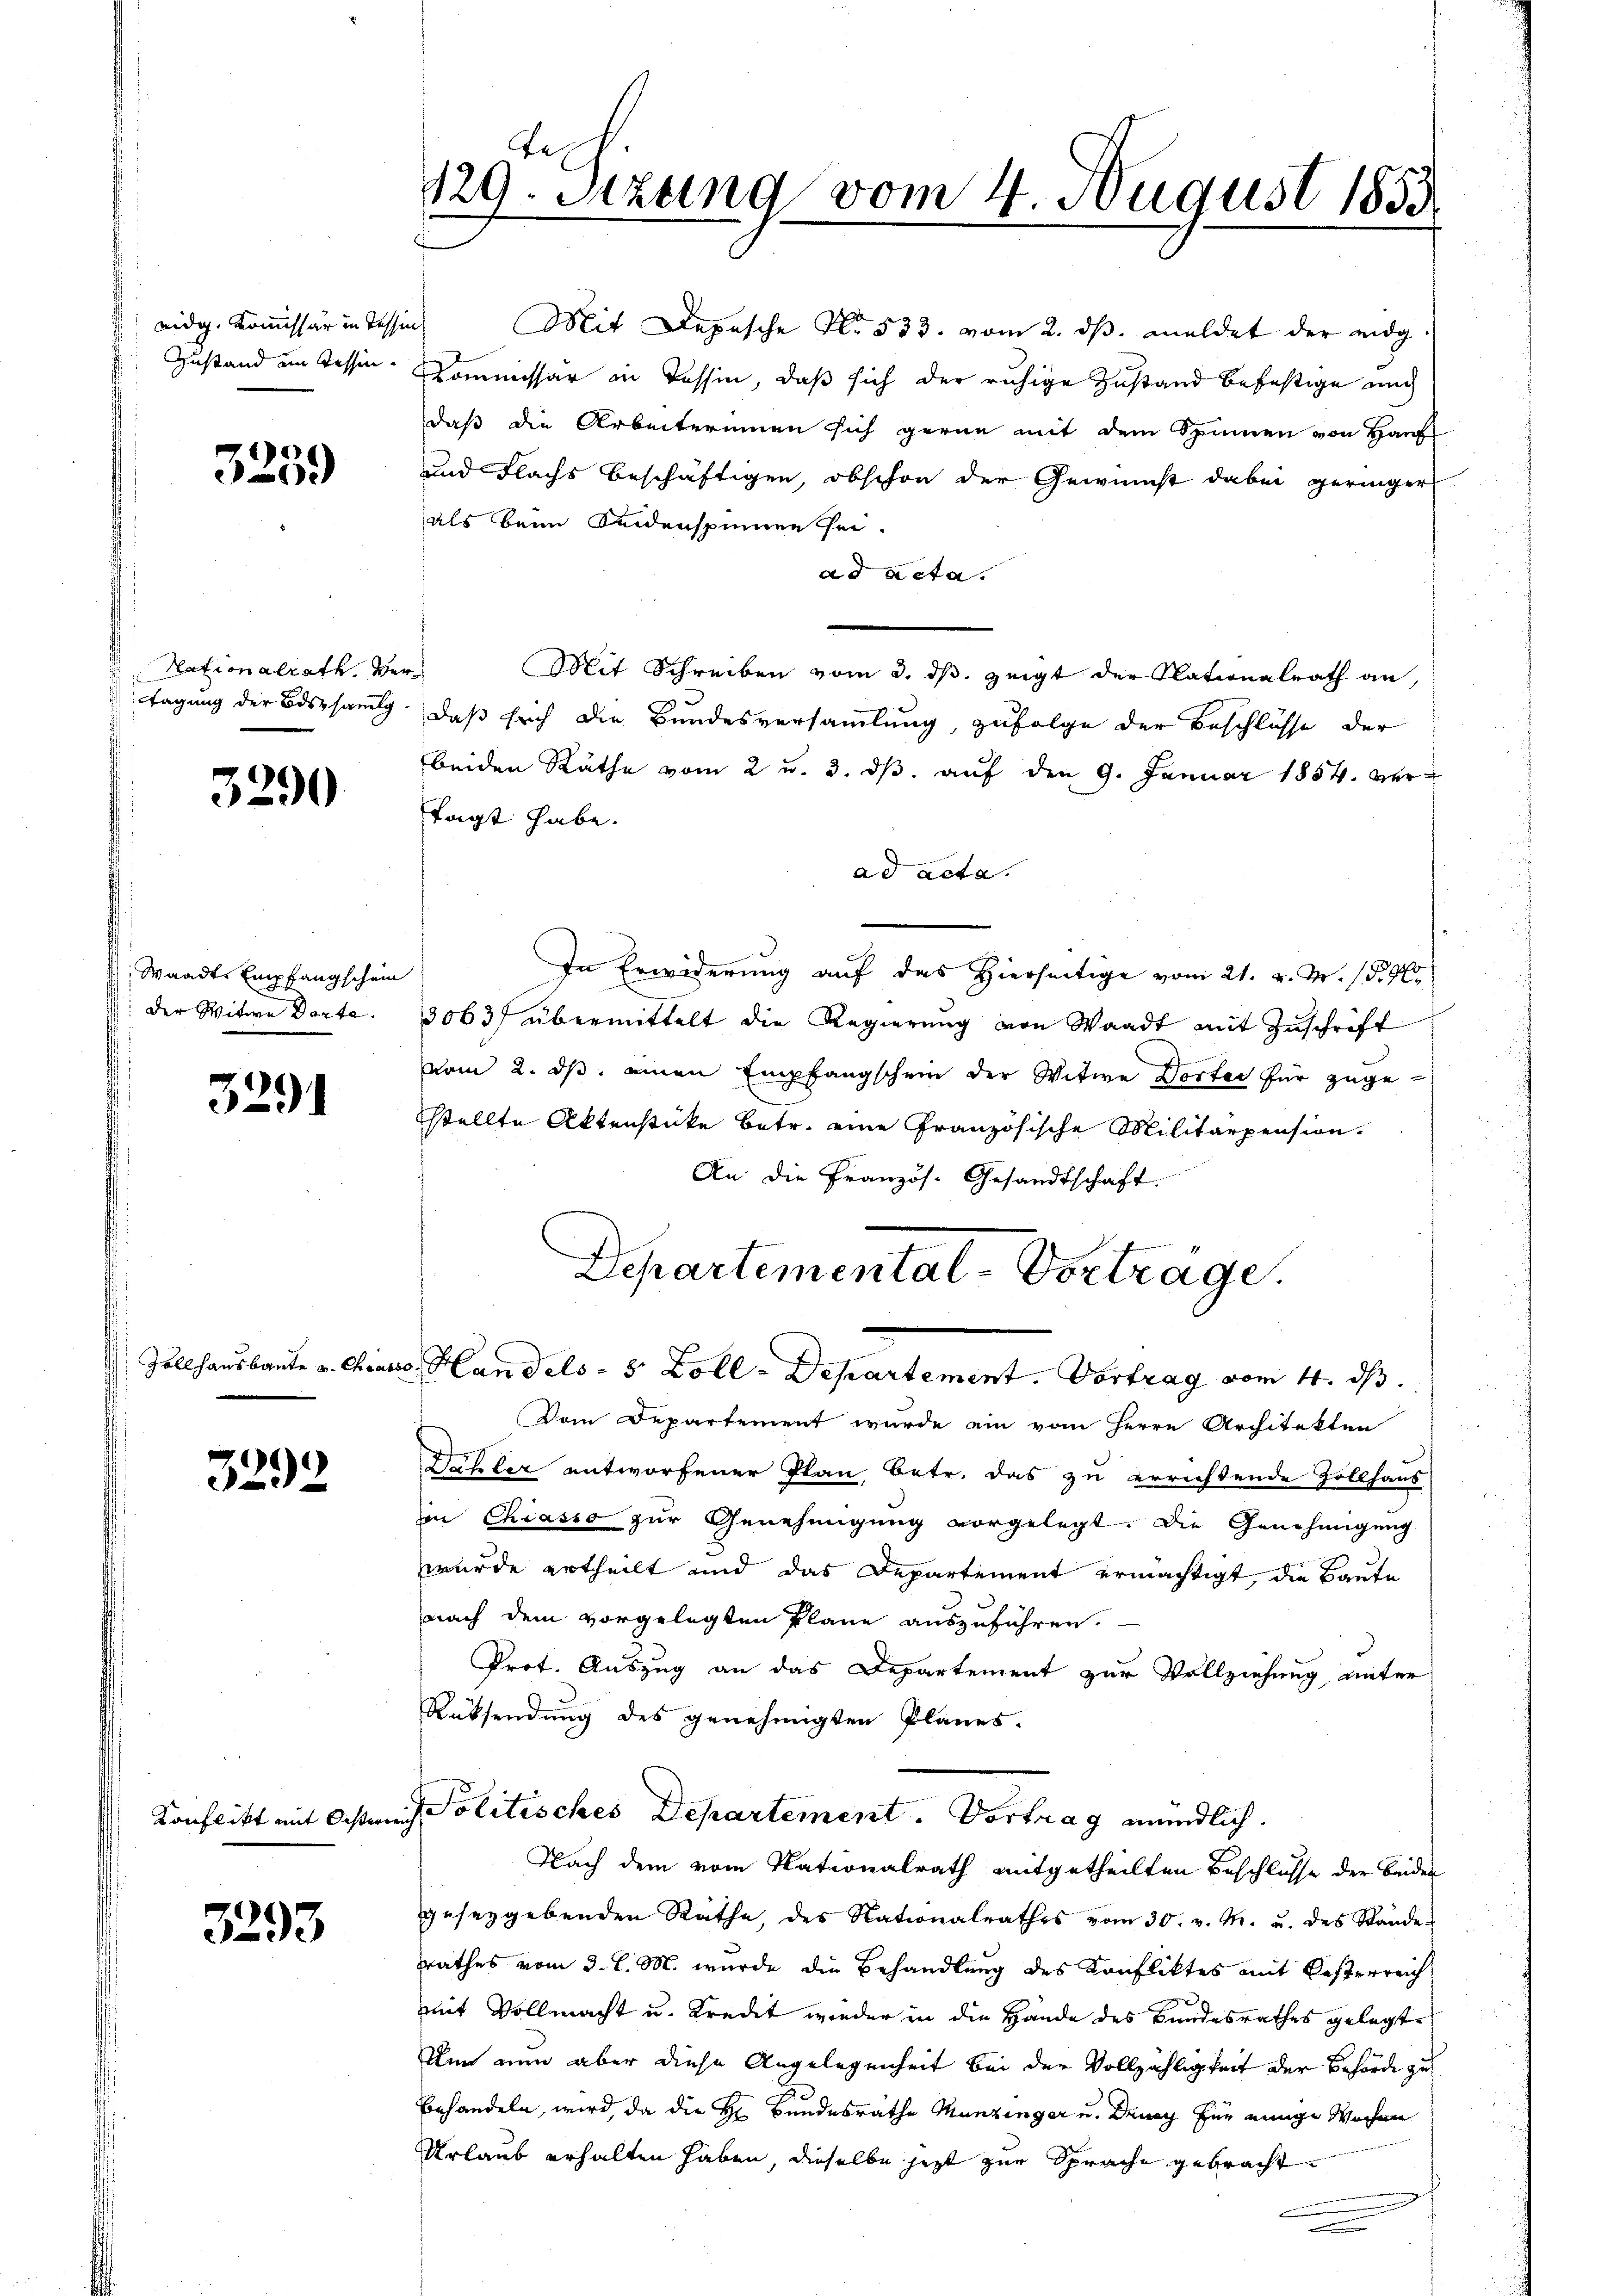
Zustand am Tessin.

3259)

Nationalrath. Ver¬

3290

Waadt, Empfangschein
Der Witwe Dorte.

3291

3292

3293

129. Sitzung vom 4. August 1855

eidg. Kommissär in Tessin Mit Depesche No. 533. vom 2. dβ. meldet der eidg.
Kommissär in Tessin, daß sich der ruhige Zustand befestige mich
daß die Arbeiterinnen sich gerne mit dem Spinnen von Hauf
und Flachs beschäftigen, obschon der Gewinnst dabei geringer
als beim Seidenspinnen sei.
ad acta.
Mit Schreiben vom 3. ds. zeigt der Nationalrath an,
Tagung der Bossamlg. daß sich die Bundesversammlung, zufolge der Beschlüsse der
beiden Räthe vom 2 u. 3. dβ. auf den 9. Januar 1854. vertagt habe.
ad acta.
In Erwiderung auf das Hierseitige vom 21. v. M. d. M.
3063 übermittelt die Regierung von Waadt mit Zuschrift
vom 2. ds. einen Empfangschein der Witwe Dorter für zuge-
stellte Aktenstücke betr. eine Französische Militärpension.
An die Französ. Gesandtschaft.
Departemental-Vorträge.

Zollhausbaute v. Chiasso, Handels- 5 Zoll-Departement. Vortrag vom 4. ds.

Vom Departement wurde ein vom Herrn Architekten
¬
Dähler entworfener Plan, betr. das zu errichtende Zollhaus
in Chiasso zur Genehmigung vorgelegt. Die Genehmigung
wurde ertheilt und das Departement ermächtigt, die Baute
nach dem vorgelegten Plane auszuführen.
Prot. Auszug an das Departement zur Vollziehung unter
Rücksendung des genehmigten Planes.
Konflikt mit Osten Politisches Departement. Vortrag mündlich.
Nach dem vom Nationalrath mitgetheilten Beschlüsse der beiden
gesezgebenden Räthe, des Nationalrathes vom 30. v. M. u. des Stände
rathes vom 3. l. M. wurde die Behandlung des Konfliktes mit Kosterreich
mit Vollmacht u. Kredet wieder in die Hande des Bundesrathes gelegte
Um nun aber diese Angelegenheit bei der Vollzähligkeit der Behörde zu
Behandeln, wird, da die Hr. Bundesrathe Munzinger u. Danach für einige Wochen
Urlaub erhalten haben, dieselbe jetzt zur Sprache gebracht